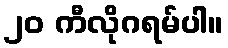
၂၀ ကီလိုဂရမ်ပါ။